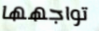
تواجهها